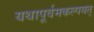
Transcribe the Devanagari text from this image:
यथापूर्वमकल्पयत्